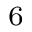
^ { 6 }